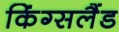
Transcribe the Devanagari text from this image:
किंग्सलैंड